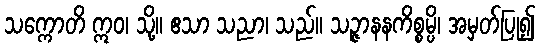
သက္ကောတိ ဣဝ၊ သို့။ ဧသာ သညာ၊ သည်။ သဉ္ဇာနနကိစ္စမ္ပိ၊ အမှတ်ပြု၍